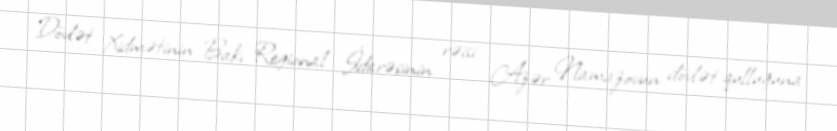
Dövlət Xidmətinin Bakı Regional İdarəsinin rəisi Azər Namazovun dövlət qulluğuna